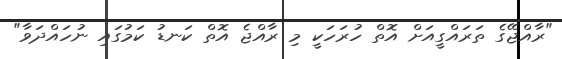
"ރާއްޖޭގެ ތަރައްގީއަށް އޮތް ހުރަހަކީ މި ރާއްޖެ އޮތް ކަނޑު ކަމުގައި ނުހައްދަވާ"